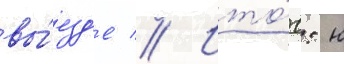
вы́езд'е // Ито́г: н